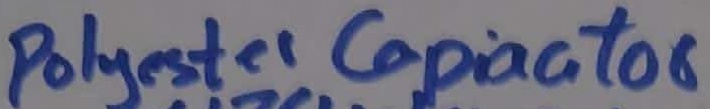
Text: Polyester capacitor